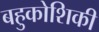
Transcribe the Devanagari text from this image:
बहुकोशिकी